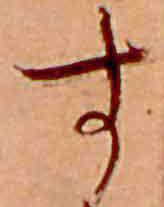
す